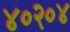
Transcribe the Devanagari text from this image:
४०२०४